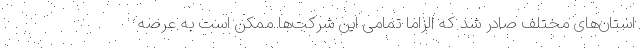
استان‌های مختلف صادر شد که الزاماً تمامی این شرکت‌ها ممکن است به عرصه